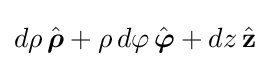
d\rho \,{\hat {\boldsymbol {\rho }}}+\rho \,d\varphi \,{\hat {\boldsymbol {\varphi }}}+dz\,{\hat {\mathbf {z} }}